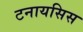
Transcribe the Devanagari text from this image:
टनायसिस